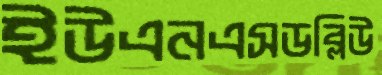
ইউএনএসডব্লিউ